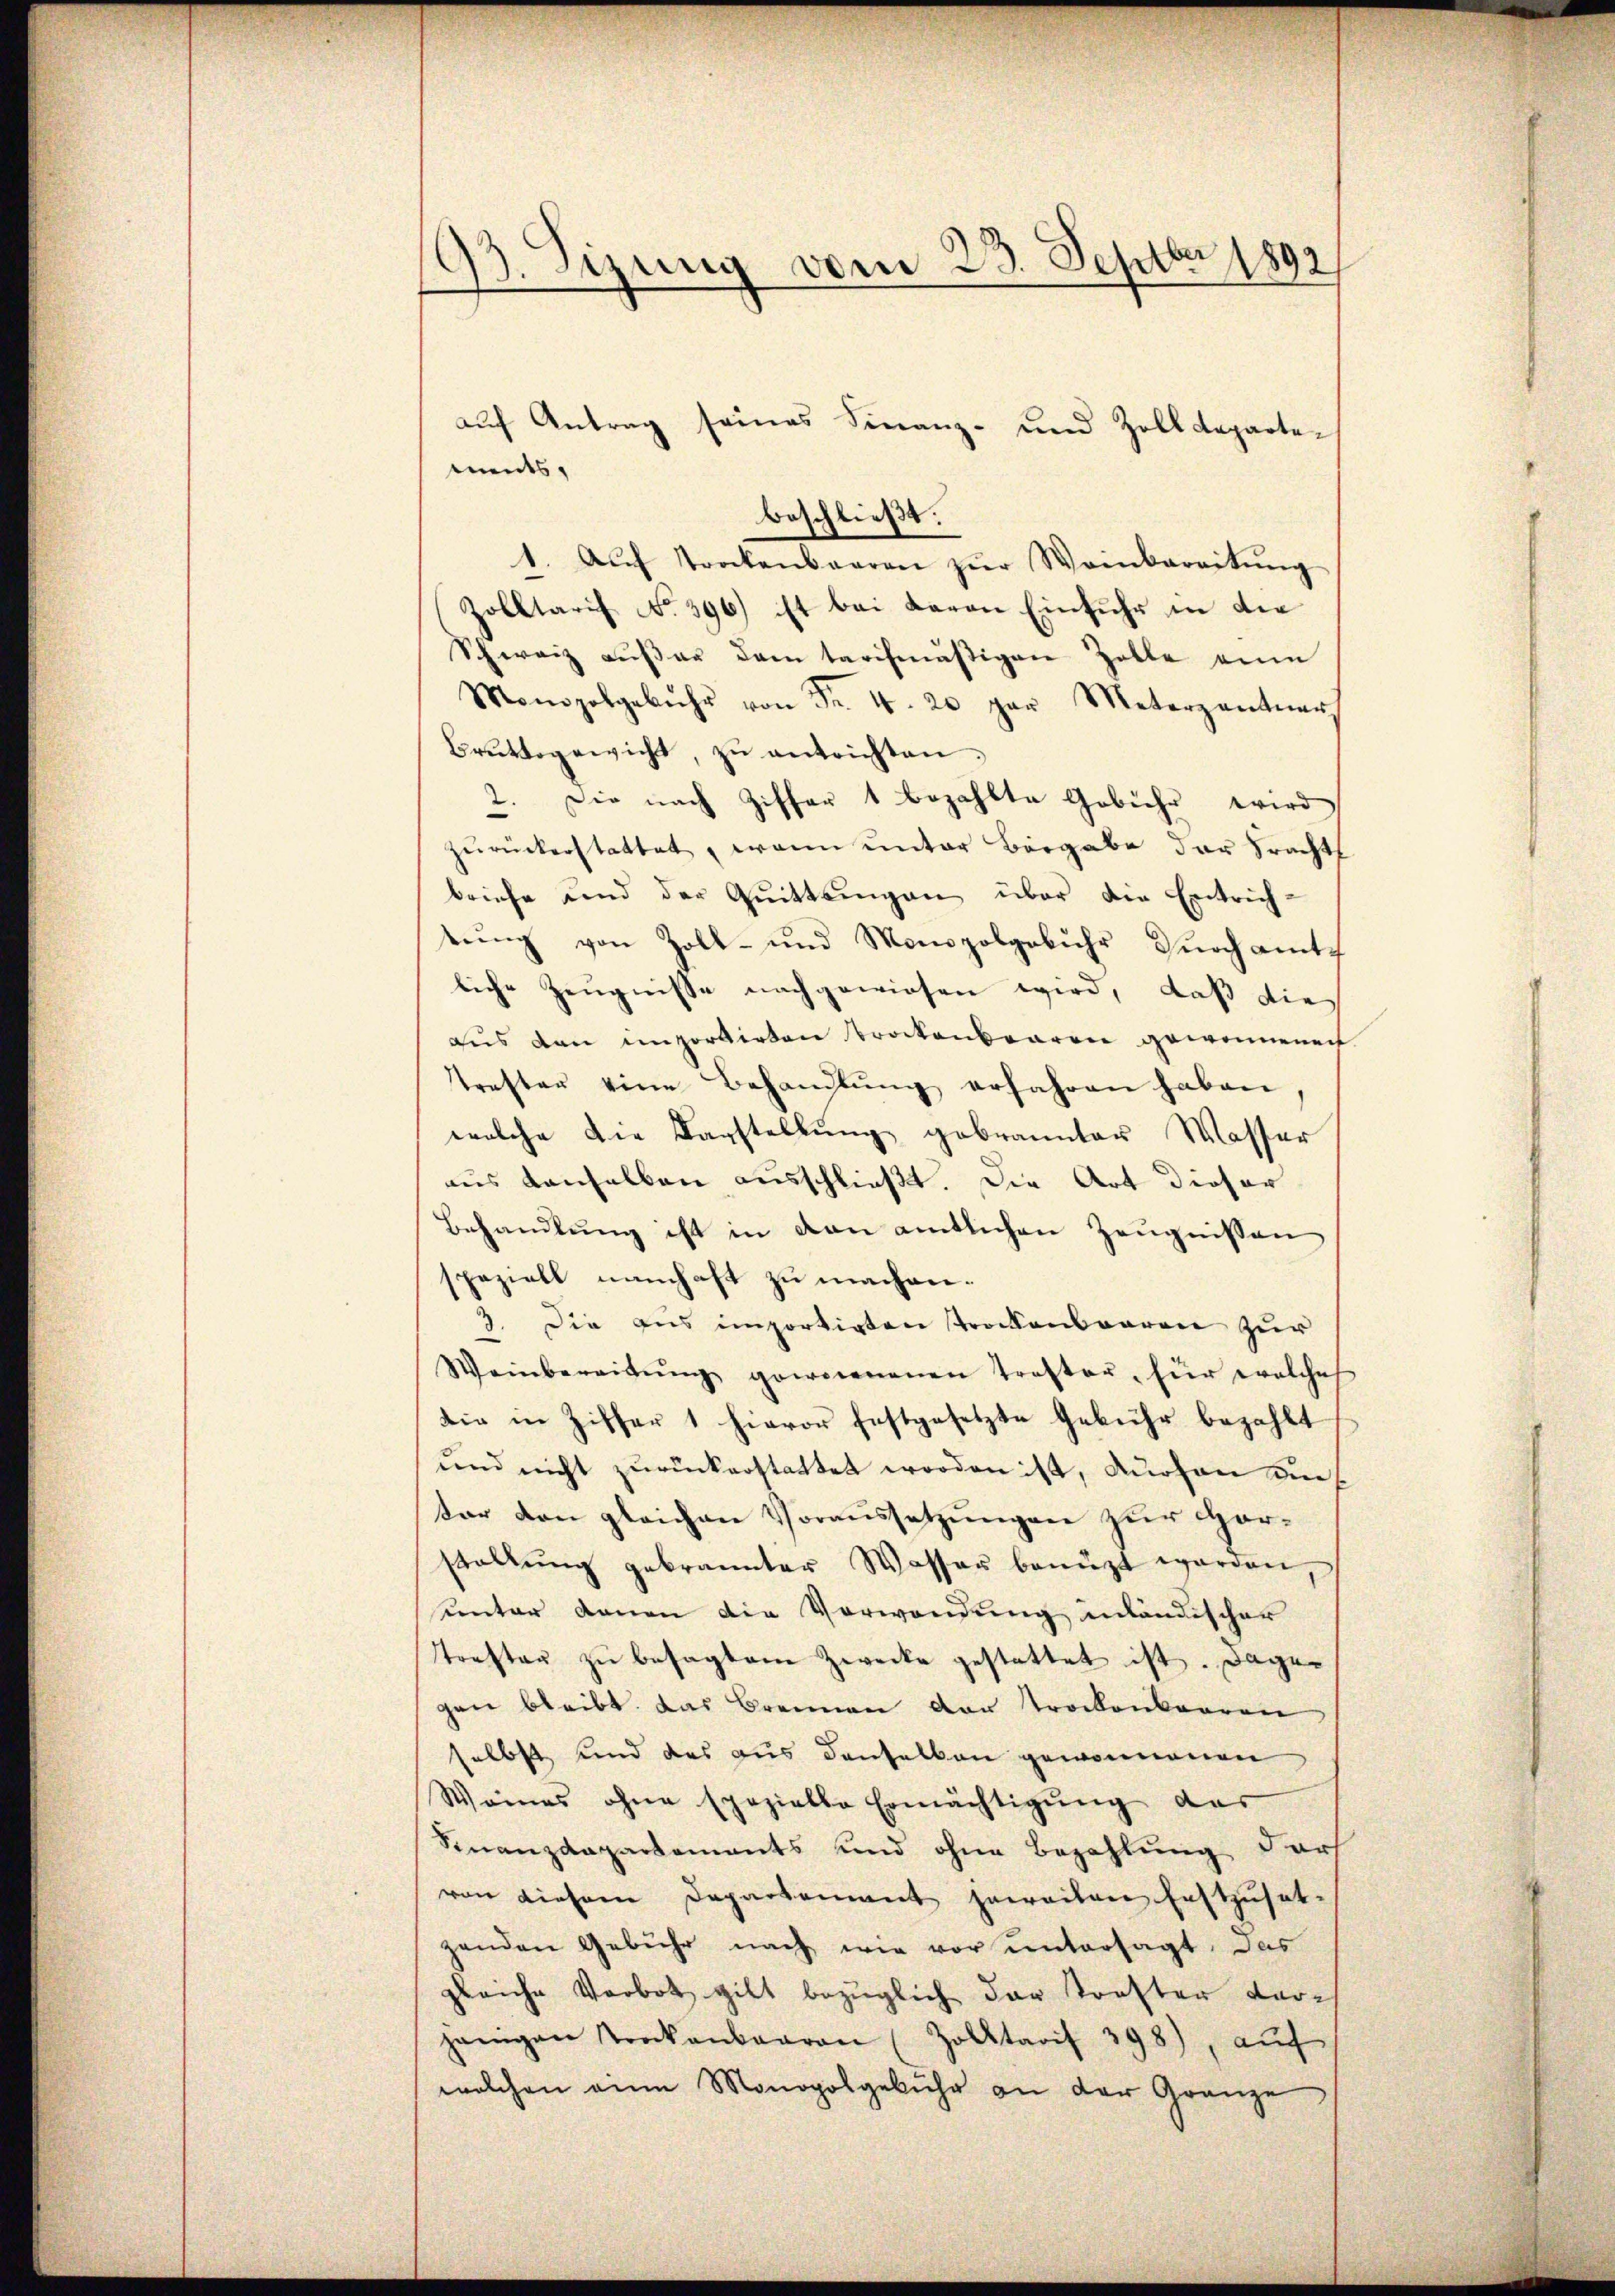
93. Sizung vom 23. Septbr 1892

auf Antrag seines Finanz- und Zolldepartements,
beschließt:
1. Aŭf trockenbaaren zŭr Weinbereitŭng
Zolltarif No 396) ist bei Baron Einfuhr in die
Schweiz außer dem tarifmäßigen Zolle eine
Monopolgebühr von Fr. 4. 20 par Meterzentner
Bruttogewicht, zu entrichten
2. Die nach Ziffer 1 bezahlte Gebiehe wird
zŭrückerstattet, wenn unter Bergabe der Pracht
briefe und der Quittlingen über die Entrichrŭng von Zoll- und Monopolgebŭhr Dŭrch amt
liche Zeugnisse nachgewiesen wird, daß die
aus den importirten trockenbaren gewonnenen
trester eine Behandlŭng erfahren haben
welche die Darstellung gebrannter Wasser
aus denselben ausschließt. Die Art dieser
Behandlŭng ist in den amtlichen Zeŭgnissen
speziell namhaft zu machen.
3. Die aus importigten trockenbaren zur
Weinbereitŭng gewonnenen Treftor, für welches
die in Ziffer 1 hievor festgesetzte Gebühr bezahlt
und nicht zurückerstattet worden ist, durson un
ter den gleichen Voraussetzungen zur Horstallŭng gebrannter Wasser benüzt worden
unter denen die Verwendung inländischer
traften zŭ besagtem Zwecke gestattet ist. Dagegen bleibt. Das Brennen der trockenbaaren
selbst und das aus denselben gewonnenen
Weines ohne Epozielle Ermächtigŭng des
Finanzdepartements und ohne Bezahlung darf
von diesem Departement jeweilen Enstzuset-
zenden Gebühr nach wie vor untersagt, das
gleiche Verbot gibt bezüglich der Torfter darjenigen Trockenbaaren (Zolktarif 398), aŭf
welchen eine Monopolgebühr an der Gränze